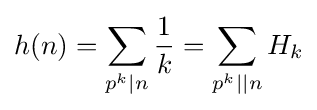
h(n)=\sum _{p^{k}|n}{\frac {1}{k}}=\sum _{p^{k}||n}{H_{k}}